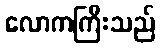
လောကကြီးသည်